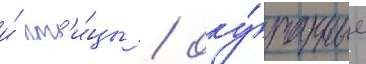
и́ пт'и́цы / оку́танные